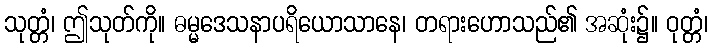
သုတ္တံ၊ ဤသုတ်ကို။ ဓမ္မဒေသနာပရိယောသာနေ၊ တရားဟောသည်၏ အဆုံး၌။ ဝုတ္တံ၊